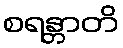
စရန္တာတိ